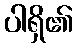
ပါရှိ၏